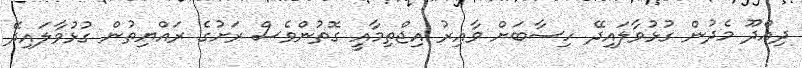
ދިއްދޫ މެދުން ގުޅުވާލައިދޭ ހިސާބަށް ވާއިރު އިޖްތިމާއީ ގޮތުންވެސް ރަށުގެ ރައްޔިތުން ގުޅުވާލައިދޭ